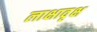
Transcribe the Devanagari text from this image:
लाक्षावृक्ष